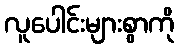
လူပေါင်းများစွာကို